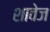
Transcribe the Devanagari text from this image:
शावेज